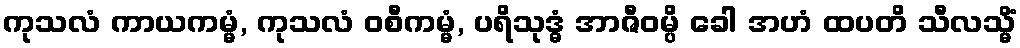
ကုသလံ ကာယကမ္မံ, ကုသလံ ဝစီကမ္မံ, ပရိသုဒ္ဓံ အာဇီဝမ္ပိ ခေါ အဟံ ထပတိ သီလသ္မိံ